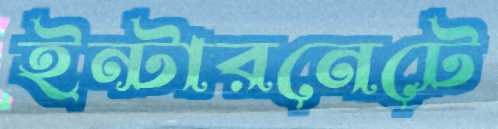
ইন্টারনেটে